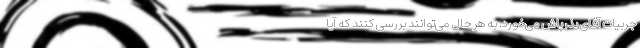
جربیات آقای بذرپاش می‌خورد. به هر حال می‌توانند بررسی کنند که آیا